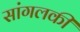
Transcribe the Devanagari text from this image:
सांगलकी